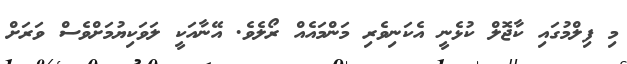
މި ފިލްމުގައި ކާޖޮލް ކުޅެނީ އެކަނިވެރި މަންމައެއް ރޯލެވެ. އޭނާއަކީ ލަވަކިޔުމަށްވެސް ވަރަށް